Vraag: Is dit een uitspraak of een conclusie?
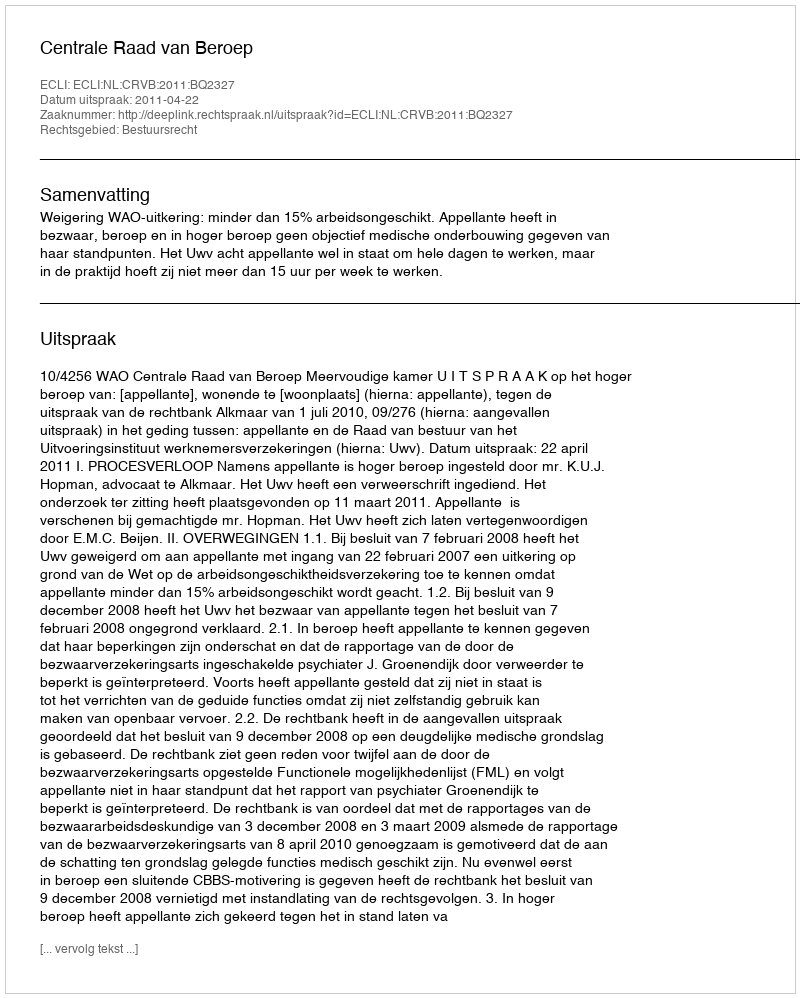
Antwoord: Uitspraak